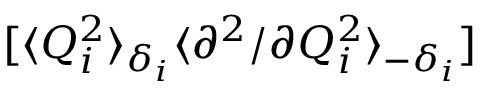
[ \langle Q _ { i } ^ { 2 } \rangle _ { \delta _ { i } } \langle { \partial ^ { 2 } } / { \partial Q _ { i } ^ { 2 } } \rangle _ { - \delta _ { i } } ]